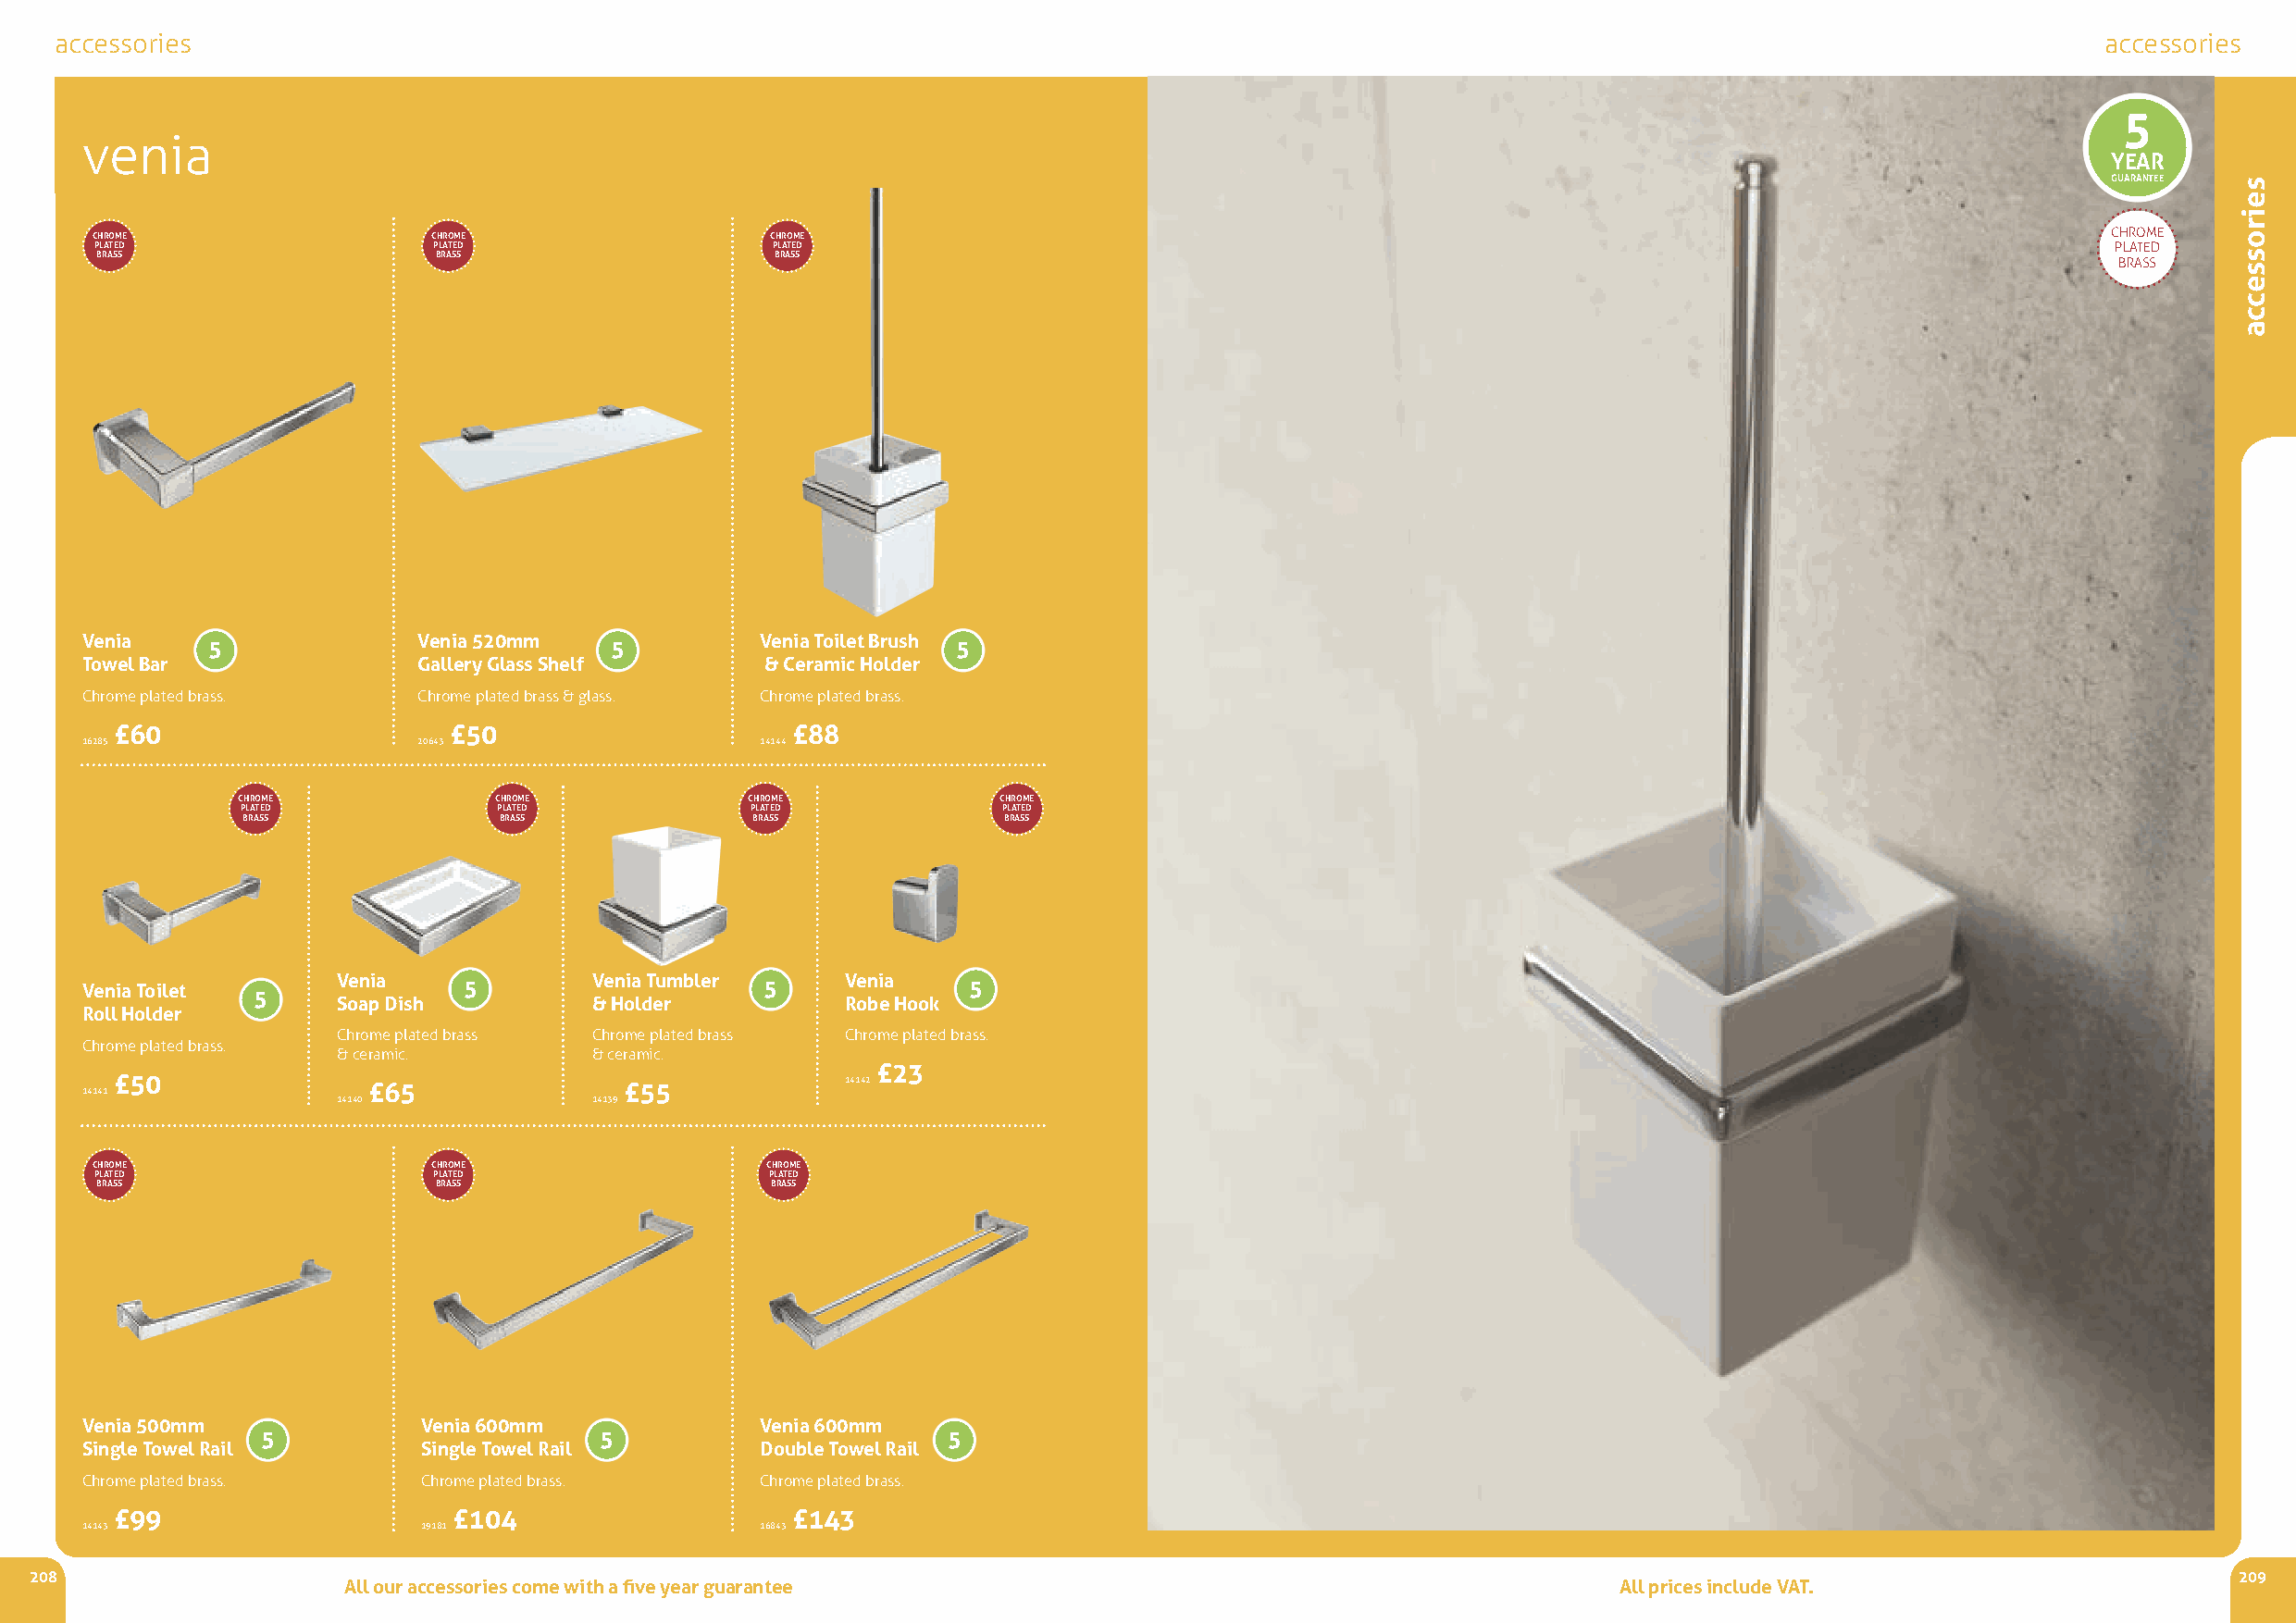
accessories                                                                                                                                        accessories
 5
 venia
 YEAR
 GUARANTEE
 CHROME                  CHROME                  CHROME                                                                                          CHROME
 PLATED                  PLATED                  PLATED                                                                                          PLATED
 BRASS                   BRASS                   BRASS
 BRASS
 Venia                   Venia 520mm             Venia Toilet Brush
 5                            5                       5
 Towel Bar               Gallery Glass Shelf      & Ceramic Holder
 Chrome plated brass.    Chrome plated brass & glass. Chrome plated brass.
 £60                     £50                      £88
 16285                   20643                   14144
 CHROME            CHROME             CHROME           CHROME
 PLATED             PLATED            PLATED            PLATED
 BRASS              BRASS             BRASS             BRASS
 Venia             Venia Tumbler     Venia
 Venia Toilet               5                     5             5
 5
 Soap Dish         &Holder           Robe Hook
 Roll Holder
 Chrome plated brass Chrome plated brass Chrome plated brass.
 Chrome plated brass.
 & ceramic.        & ceramic.
 £23
 14141 £50           £65                £55            14142
 14140             14139
 CHROME                  CHROME                  CHROME
 PLATED                  PLATED                  PLATED
 BRASS                   BRASS                   BRASS
 Venia 500mm             Venia 600mm             Venia 600mm
 5                       5                        5
 Single Towel Rail       Single Towel Rail       Double Towel Rail
 Chrome plated brass.    Chrome plated brass.    Chrome plated brass.
 £99                     £104                     £143
 14143                   19181                   16843
 208                                                                                                                                                           209
 All our accessories come with a five year guarantee                                        All prices include VAT.
 seirossecca